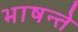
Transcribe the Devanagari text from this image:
भाषन्ते